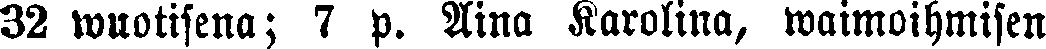
32 wuotisena; 7 p. Aina Karolina, waimoihmisen